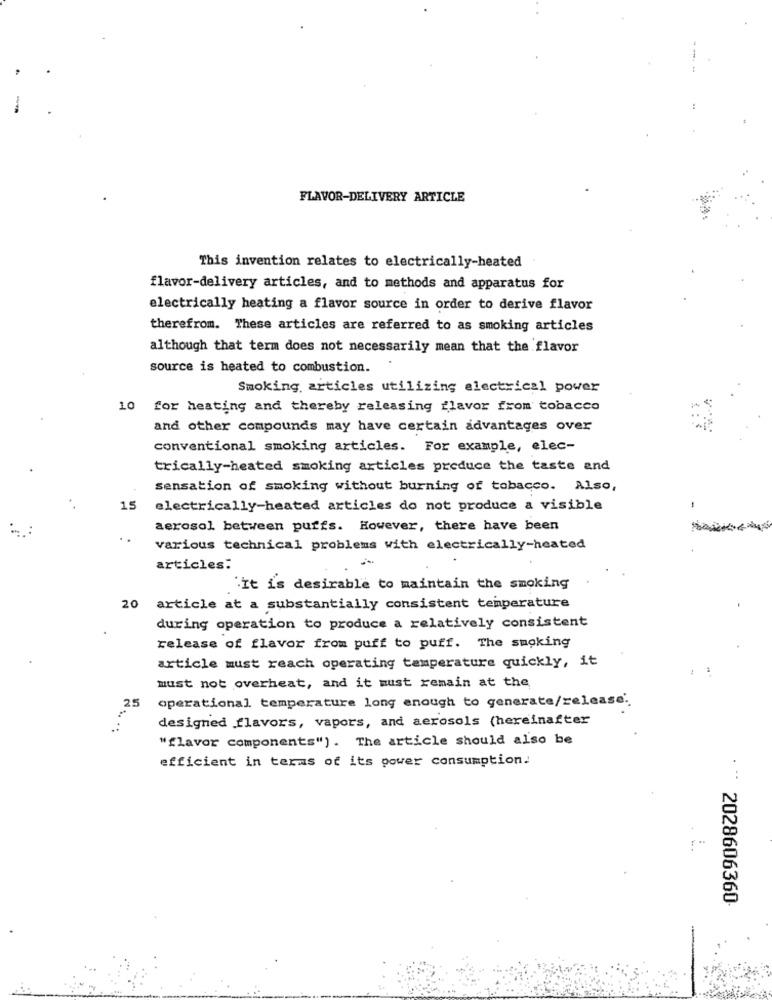
FLAVOR-DELIVERY ARTICLE
This invention relates to electrically-heated
flavor-delivery articles, and to methods and apparatus for
electrically heating a flavor source in order to derive flavor
therefrom. These articles are referred to as smoking articles
although that term does not necessarily mean that the flavor
source is heated to combustion.
Smoking, articles utilizing electrical power
10 for heating and thereby releasing flavor from tobacco
and other compounds may have certain advantages over
conventional smoking articles. For example, elec-
trically-heated smoking articles produce the taste and
sensation of smoking without burning of tobacco. Also,
15
electrically-heated articles do not produce a visible
-
aerosol between puffs. However, there have been
various technical problems with electrically-heated
-
articles:
"It is desirable to maintain the smoking
20
article at a substantially consistent temperature
during operation to produce a relatively consistent
release of flavor from puff to puff. The smoking
article must reach operating temperature quickly, it
must not overheat, and it must remain at the
operational temperature long enough to generate/release ..
25
designed flavors, vapors, and aerosols (hereinafter
"flavor components"). The article should also be
efficient in terms of its power consumption.
. ..
2028606360